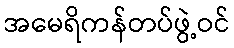
အမေရိကန်တပ်ဖွဲ့ဝင်